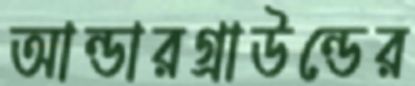
আন্ডারগ্রাউন্ডের